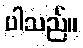
ပါသည်။